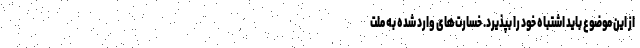
از این موضوع باید اشتباه خود را بپذیرد. خسارت‌های وارد شده به ملت